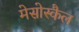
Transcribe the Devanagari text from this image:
मेसोस्कैल